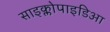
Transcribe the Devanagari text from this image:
साइक्लोपाइडिआ